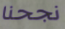
نجحنا